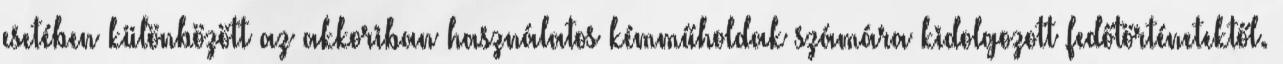
esetében különbözött az akkoriban használatos kémműholdak számára kidolgozott fedőtörténetektől.